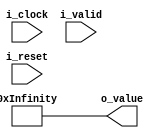
module r_table_generator
    #(
      parameter NB_BYTE = 8
      )
    (
     // OUTPUTS.
     output wire [ 256*2*NB_BYTE-1:0 ] o_value,
     // INPUTS.
     input wire 		       i_clock,
     input wire 		       i_valid,
     input wire 		       i_reset
     );

    // LOCAL PARAMETERS.
    localparam /*[ NB_BYTE+1:0 ]*/ NB_ROWS = 256;
    localparam [ 2*NB_BYTE-1:0 ] R_X ={ {8'he1}, {NB_BYTE{1'b0}} } ;
    
    // INTERNAL SIGNALS.
    genvar 			       ii, jj, kk, ll;
    wire [ 2*NB_BYTE-1:0 ] 	       r_table [ NB_ROWS-1:0 ] ;

    // ALGORITHM BEGIN.
    generate
	wire [ NB_BYTE-1:0 ] 	       combi_array [ NB_ROWS-1:0 ] ;   
	assign combi_array[ 0 ] = { NB_BYTE{1'b0} } ;
	for ( kk=0; kk<NB_ROWS-1; kk=kk+1)
            assign combi_array[ kk+1 ] = combi_array[ kk ] + 1'b1;

	wire [ 2*NB_BYTE-1:0 ] 	       mod [ NB_BYTE-1: 0];
	assign mod[ 0 ] = R_X;
	for ( jj=1; jj<NB_BYTE; jj=jj+1 )
            assign mod[ jj ] = mod[ jj-1 ] >> 1'b1;
	
	for ( ii=0; ii<NB_ROWS; ii=ii+1 )
            begin: gen_for
		assign r_table[ ii ]
		    = ( ( combi_array[ ii ][ 7 ] ) * (mod[ 7 ]) ) ^
		      ( ( combi_array[ ii ][ 6 ] ) * (mod[ 6 ]) ) ^
		      ( ( combi_array[ ii ][ 5 ] ) * (mod[ 5 ]) ) ^
		      ( ( combi_array[ ii ][ 4 ] ) * (mod[ 4 ]) ) ^
		      ( ( combi_array[ ii ][ 3 ] ) * (mod[ 3 ]) ) ^
		      ( ( combi_array[ ii ][ 2 ] ) * (mod[ 2 ]) ) ^
		      ( ( combi_array[ ii ][ 1 ] ) * (mod[ 1 ]) ) ^
		      ( ( combi_array[ ii ][ 0 ] ) * (mod[ 0 ]) ) ;
		
            end // block: gen_for
    endgenerate

    generate
	for ( ll=0; ll<NB_ROWS; ll=ll+1)
            begin: gen_for_output_calc
		assign o_value[ ll*(2*NB_BYTE)+:(2*NB_BYTE) ]
		    = r_table[ ll ] ;
            end
    endgenerate
    
    /*
     always @( posedge i_clock )
     begin
     if ( i_reset )
     o_value <= { (2*NB_BYTE){1'b0}} ;
     else if ( i_valid )
     o_value <= r_table[ i_index ] ;
     end        
     */       
endmodule // r_table_generator